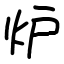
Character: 炉